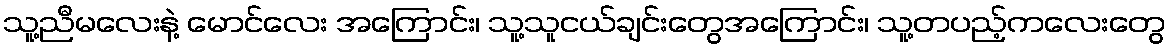
သူ့ညီမလေးနဲ့ မောင်လေး အကြောင်း၊ သူ့သူငယ်ချင်းတွေအကြောင်း၊ သူ့တပည့်ကလေးတွေ